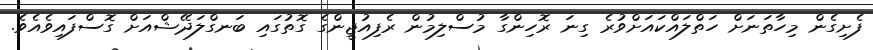
ފެށިގެން މިހާތަނަށް ހަތްލައްކައަށްވުރެ ގިނަ ރޮހިންގާ މުސްލިމުން ރެފިއުޖީންގެ ގޮތުގައި ބަނގްލަދޭޝްއަށް ގޮސްފައިވެއެވެ.